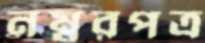
নম্বরপত্র